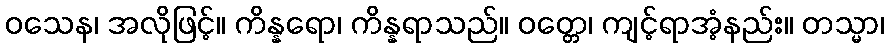
ဝသေန၊ အလိုဖြင့်။ ကိန္နရော၊ ကိန္နရာသည်။ ဝတ္တေ၊ ကျင့်ရာအံ့နည်း။ တသ္မာ၊